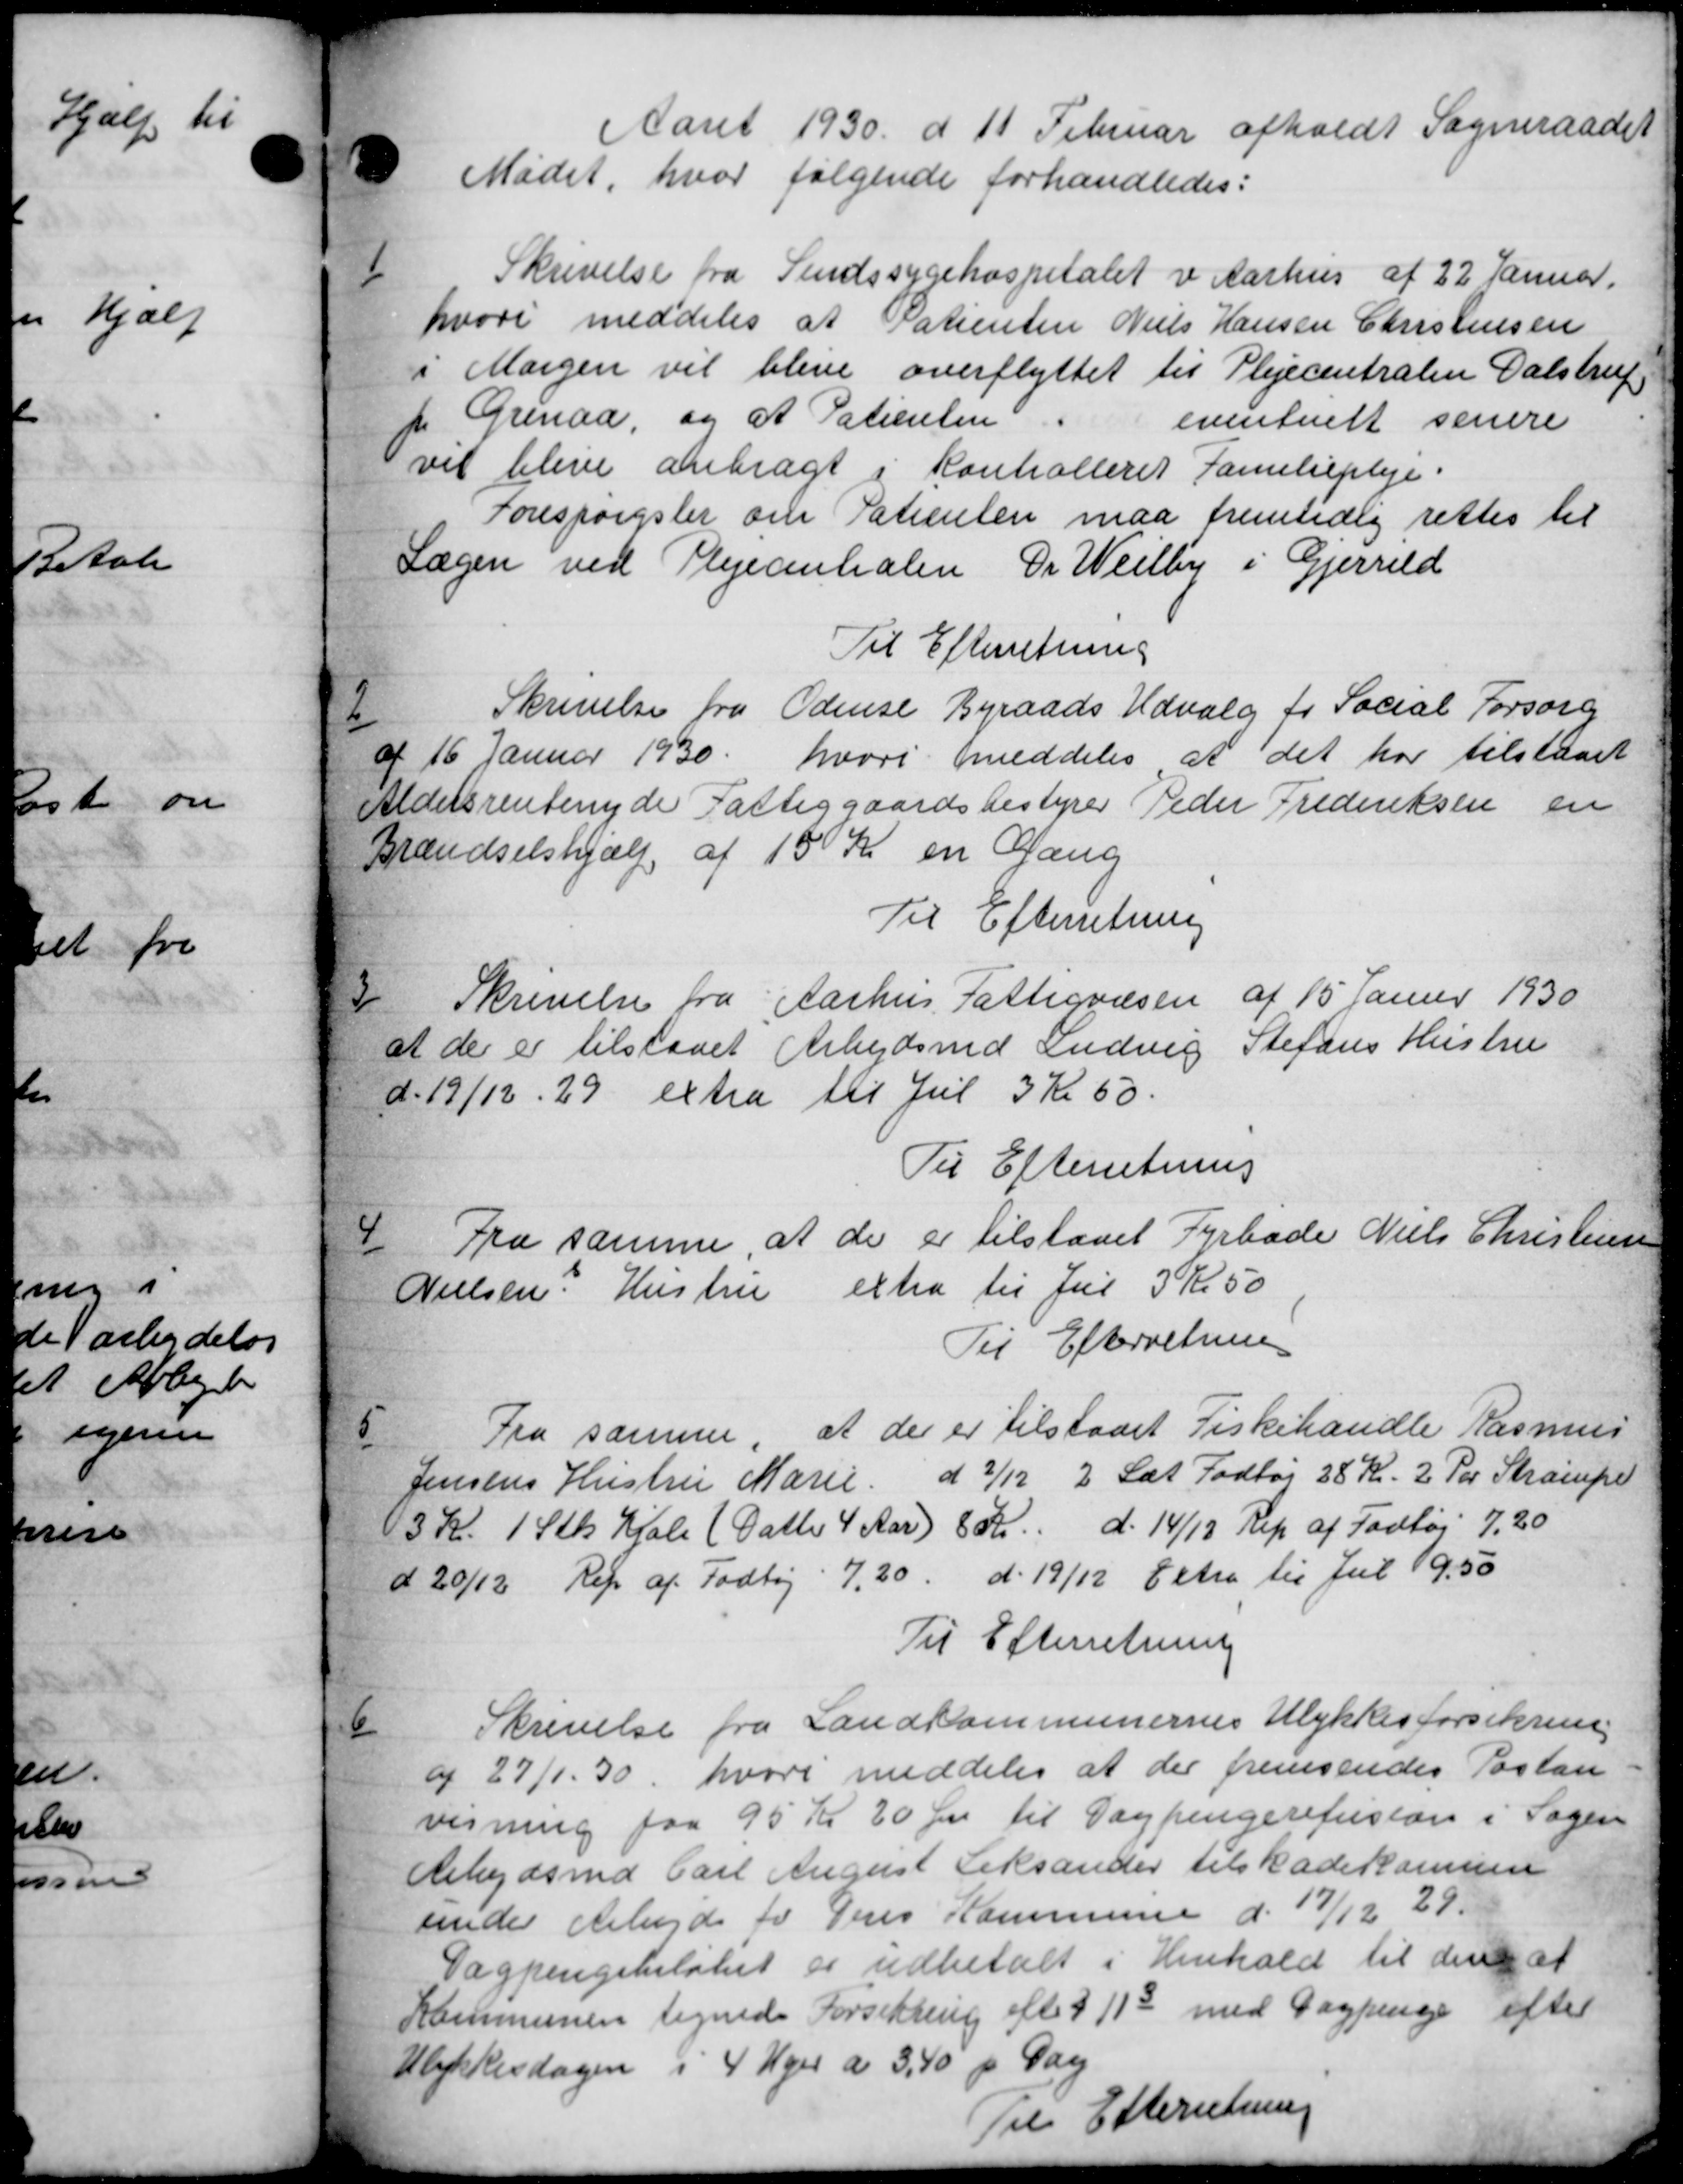
Transskription:
1

Aaret 1930 d 11 Februar afholdt Sogneraadet
 Mødet, hvor følgende forhandledes:
1
Skrivelse fra Sindssygehospitalet i Aarhus af 22 Januar.
hvori meddeles at Patienten Niels Hansen Christensen
i Margen vil blive overflyttet til Plejecentralen Dalstrup
 Grenaa, og at Patienten "
eventuelt senere
vil blive anbragt i Kontrolleret Familiepleje.
Forespørgsler om Patienten maa fremtidig rettes til
Lægen ved Plejecentralen De Weilby i Gjerrild
Til Efterretning

Skrivelse fra Odense Byraads Udvalg fr Social Forsorg
af 16 Januar 1930 hvori meddeles at det har tilstaaet
Aldersrentenyde Fattiggaardsbestyrer Peder Frederiksen en
Brændselshjælp af 15 Kr en Gang
Til Efterretning
3
Skrivelse fra Aarhus Fattigvæsen af 15 Janur 1930
at der er tilstaaet Arbejdsmd Ludvig Stefans Hustru
d. 19/12. 29 extra til Jul 3 Kr 50
Til Efterretning
4
Fra samme, at de er tilstaaet Fyrbade Niels Christensen
Nielsen. Hustru extra til Jul 3 Kr 50
Til Efterretning
5
Fra samme, at der er tilstaaet Fiskehandle Rasmus
Jensens Hustru Marie d 23/12 2 Sæt Fodtøj 28 Kr. 2 Per Strampe
3 Kr. 1 Stk Kjole (Datte 4 Aar) 8 Kr. d. 14/12 Rep af Fodtøj 7,20
d 20/12 Rep af Fodtøj 7,20 d. 19/12 Extra til Jul 9,50
Til Efterretning
6
Skrivelse fra Landkommunernes Ulykkesforsikring
ag 27/1. 30, hvori meddeles at der fremsendes Paston
visning paa 95 Kr 20 Øre til Dagpengerefusion i Sagen
Arbejdsmd Carl August Leksander tilskadekommu
under Arbejde to Pers Kommune d. 19/12 29.
Dagpengsbeløbet er udbetalt i Henhold til den at
Kommunen tegnede Forsikring eft. 3/13 med Dagpenge efter
Ulykkesdagen i 4 Uger a 3,40 p Dag
Til Efterretning